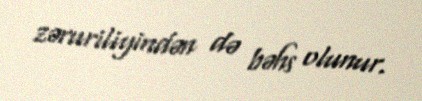
zəruriliyindən də bəhs olunur.